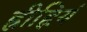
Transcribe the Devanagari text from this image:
ह्रीह्रियं